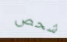
شحص